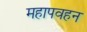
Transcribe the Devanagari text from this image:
महापवहन